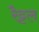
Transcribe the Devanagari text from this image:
रैट्टल